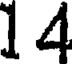
14